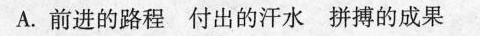
A.前进的路程 付出的汗水 拼搏的成果